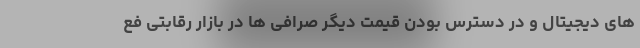
های دیجیتال و در دسترس بودن قیمت دیگر صرافی ها در بازار رقابتی فع